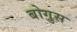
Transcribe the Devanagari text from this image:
बोगुस